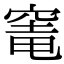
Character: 𮄁